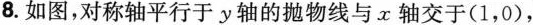
8.如图，对称轴平行于y轴的抛物线与x轴交于(1，0)，